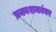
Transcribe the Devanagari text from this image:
प्रकाशकांवर